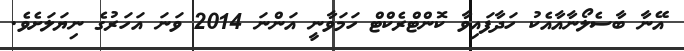
އޭނާ ބާސެލޯނާއާއެކު ހަދާފައިވާ ކޮންޓްރެކްޓް ހަމަވާނީ އަންނަ 2014 ވަނަ އަހަރުގެ ނިޔަލަށެވެ.